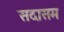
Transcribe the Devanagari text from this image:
सदासम